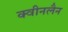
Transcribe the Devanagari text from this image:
क्वीनलैन